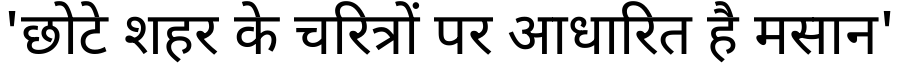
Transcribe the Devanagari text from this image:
'छोटे शहर के चरित्रों पर आधारित है मसान'